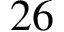
2 6